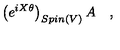
\left( e ^ { i X \theta } \right) _ { S p i n ( V ) } A \quad ,